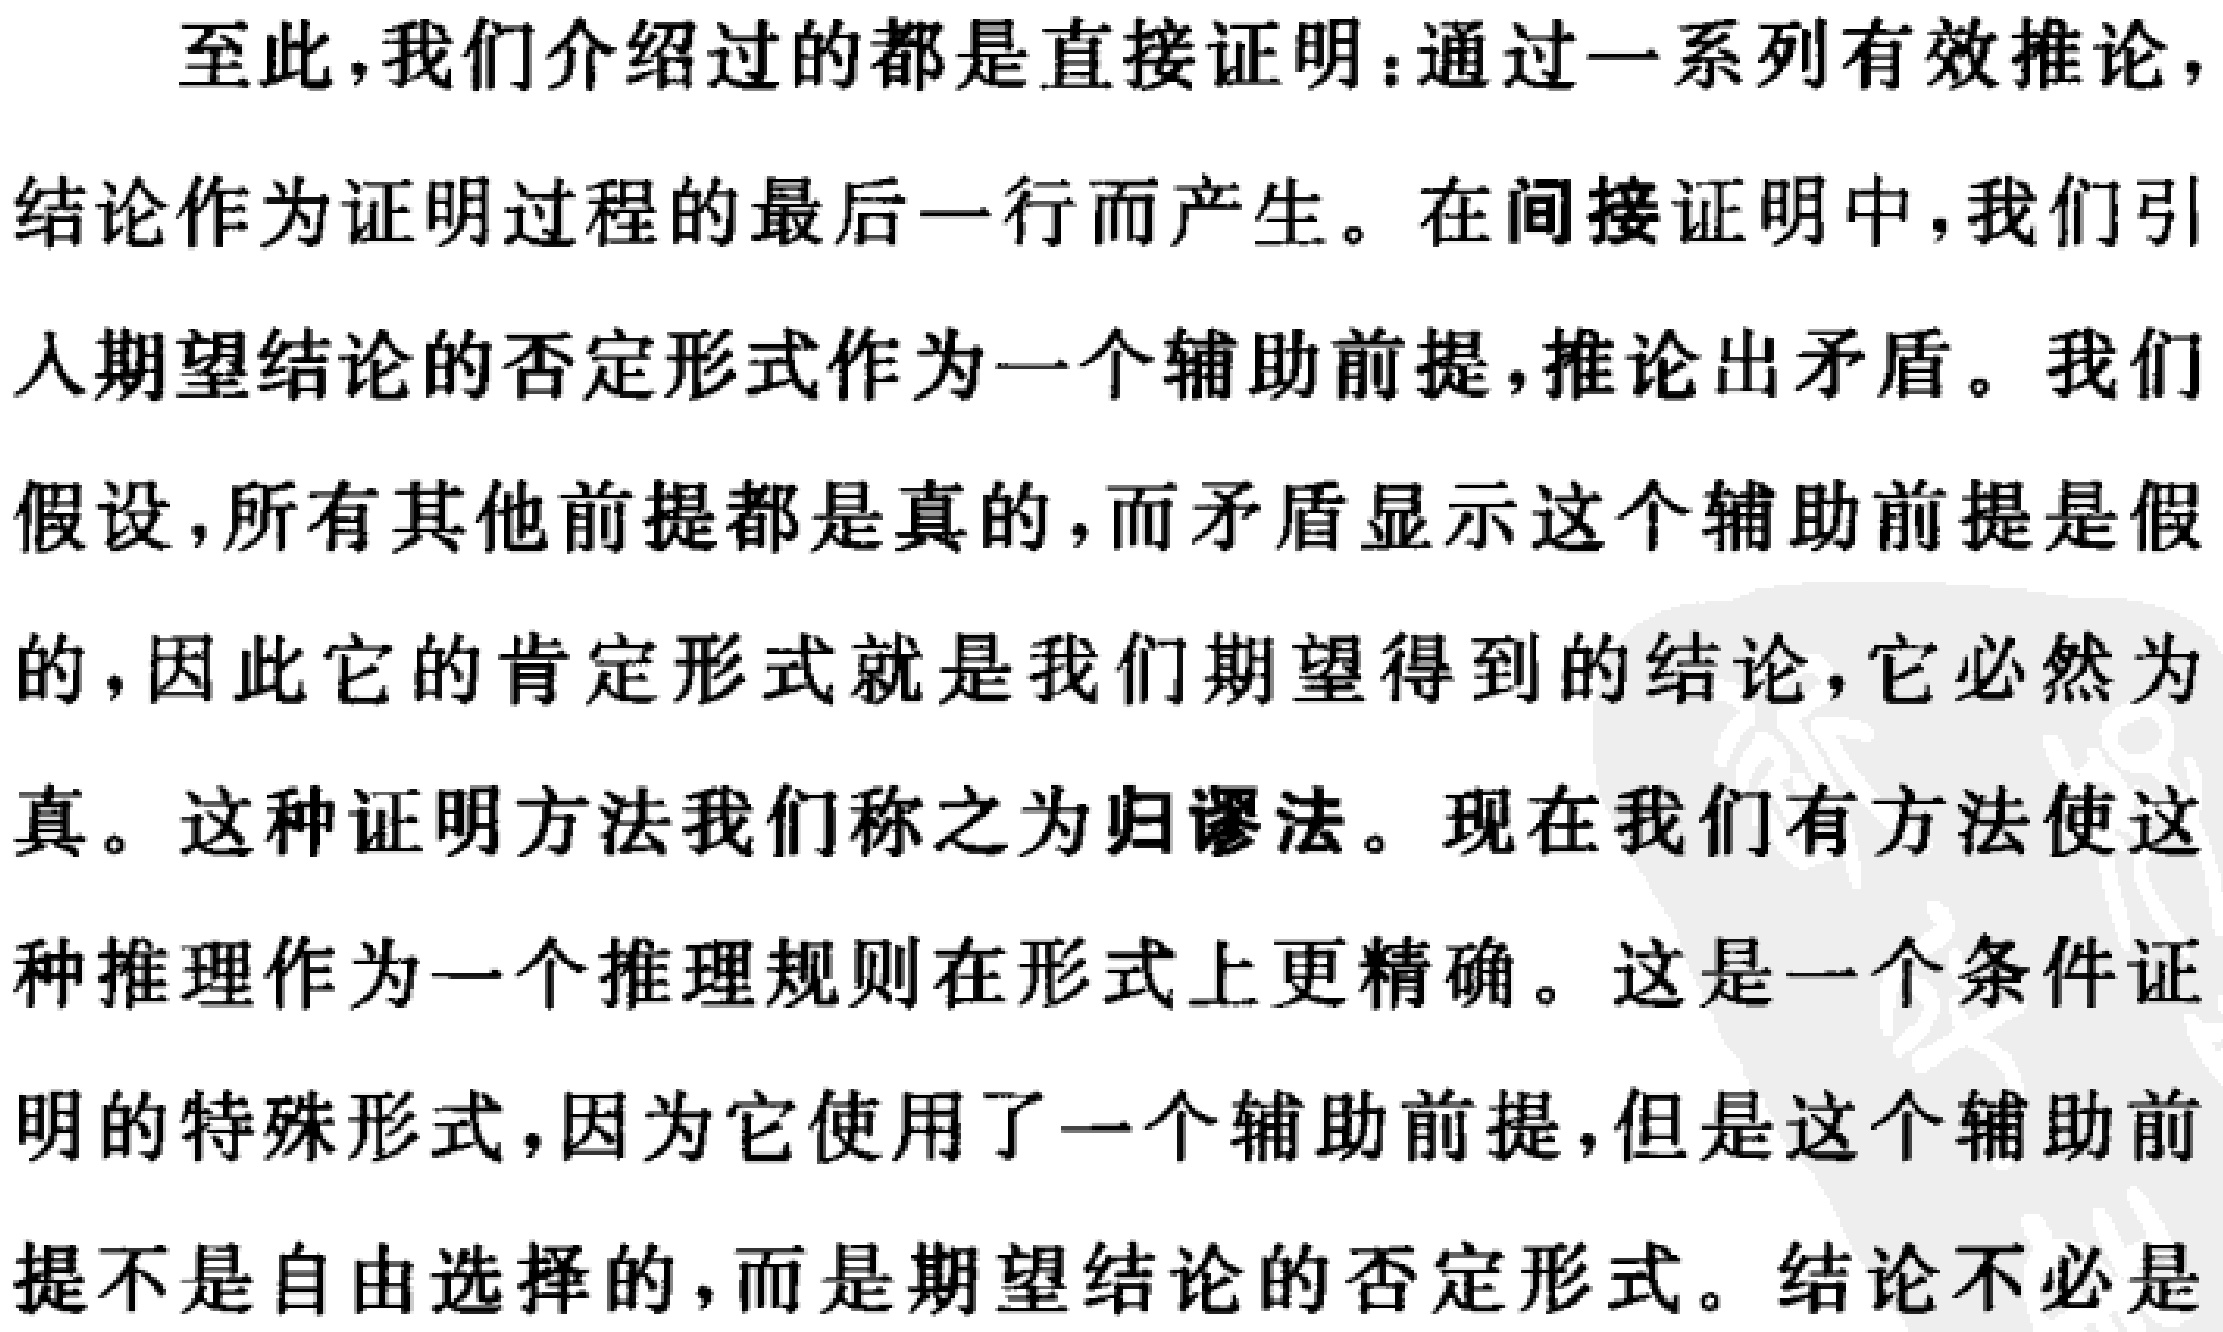
至此，我们介绍过的都是直接证明：通过一系列有效推论，结论作为证明过程的最后一行而产生。在间接证明中，我们引入期望结论的否定形式作为一个辅助前提，推论出矛盾。我们假设，所有其他前提都是真的，而矛盾显示这个辅助前提是假的，因此它的肯定形式就是我们期望得到的结论，它必然为真。这种证明方法我们称之为归谬法。现在我们有方法使这种推理作为一个推理规则在形式上更精确。这是一个条件证明的特殊形式，因为它使用了一个辅助前提，但是这个辅助前提不是自由选择的，而是期望结论的否定形式。结论不必是